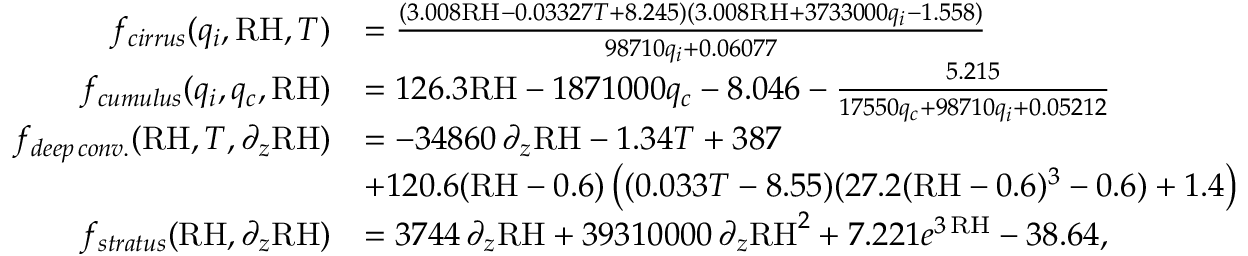
\begin{array} { r l } { f _ { c i r r u s } ( q _ { i } , \mathrm { R H } , T ) } & { = \frac { ( 3 . 0 0 8 \mathrm { R H } - 0 . 0 3 3 2 7 T + 8 . 2 4 5 ) ( 3 . 0 0 8 \mathrm { R H } + 3 7 3 3 0 0 0 q _ { i } - 1 . 5 5 8 ) } { 9 8 7 1 0 q _ { i } + 0 . 0 6 0 7 7 } } \\ { f _ { c u m u l u s } ( q _ { i } , q _ { c } , \mathrm { R H } ) } & { = 1 2 6 . 3 \mathrm { R H } - 1 8 7 1 0 0 0 q _ { c } - 8 . 0 4 6 - \frac { 5 . 2 1 5 } { 1 7 5 5 0 q _ { c } + 9 8 7 1 0 q _ { i } + 0 . 0 5 2 1 2 } } \\ { f _ { d e e p \, c o n v . } ( \mathrm { R H } , T , \partial _ { z } \mathrm { R H } ) } & { = - 3 4 8 6 0 \, \partial _ { z } \mathrm { R H } - 1 . 3 4 T + 3 8 7 } \\ & { + 1 2 0 . 6 ( \mathrm { R H } - 0 . 6 ) \left( ( 0 . 0 3 3 T - 8 . 5 5 ) ( 2 7 . 2 ( \mathrm { R H } - 0 . 6 ) ^ { 3 } - 0 . 6 ) + 1 . 4 \right) } \\ { f _ { s t r a t u s } ( \mathrm { R H } , \partial _ { z } \mathrm { R H } ) } & { = 3 7 4 4 \, \partial _ { z } \mathrm { R H } + 3 9 3 1 0 0 0 0 \, \partial _ { z } \mathrm { R H } ^ { 2 } + 7 . 2 2 1 e ^ { 3 \, \mathrm { R H } } - 3 8 . 6 4 , } \end{array}